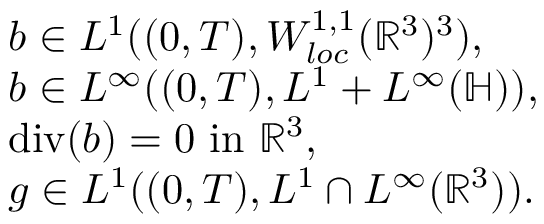
\begin{array} { r l } & { b \in L ^ { 1 } ( ( 0 , T ) , W _ { l o c } ^ { 1 , 1 } ( \mathbb { R } ^ { 3 } ) ^ { 3 } ) , } \\ & { b \in L ^ { \infty } ( ( 0 , T ) , L ^ { 1 } + L ^ { \infty } ( \mathbb { H } ) ) , } \\ & { \operatorname { d i v } ( b ) = 0 \mathrm { ~ i n ~ } \mathbb { R } ^ { 3 } , } \\ & { g \in L ^ { 1 } ( ( 0 , T ) , L ^ { 1 } \cap L ^ { \infty } ( \mathbb { R } ^ { 3 } ) ) . } \end{array}